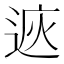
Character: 𨓩